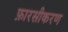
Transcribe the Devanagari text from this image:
फ़ारसीकरण